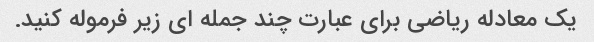
یک معادله ریاضی برای عبارت چند جمله ای زیر فرموله کنید.